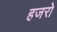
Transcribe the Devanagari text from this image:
हजरो